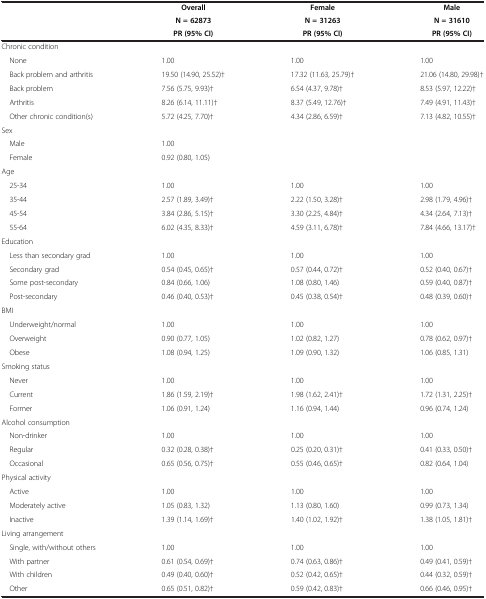
<table><thead><tr><td><b> </b></td><td><b>Overall</b></td><td><b>Female</b></td><td><b>Male</b></td></tr><tr><td><b> </b></td><td><b>N = 62873</b></td><td><b>N = 31263</b></td><td><b>N = 31610</b></td></tr><tr><td><b> </b></td><td><b>PR (95% CI)</b></td><td><b>PR (95% CI)</b></td><td><b>PR (95% CI)</b></td></tr></thead><tbody><tr><td colspan="4">Chronic condition</td></tr><tr><td> None</td><td>1.00</td><td>1.00</td><td>1.00</td></tr><tr><td> Back problem and arthritis</td><td>19.50 (14.90, 25.52)†</td><td>17.32 (11.63, 25.79)†</td><td>21.06 (14.80, 29.98)†</td></tr><tr><td> Back problem</td><td>7.56 (5.75, 9.93)†</td><td>6.54 (4.37, 9.78)†</td><td>8.53 (5.97, 12.22)†</td></tr><tr><td> Arthritis</td><td>8.26 (6.14, 11.11)†</td><td>8.37 (5.49, 12.76)†</td><td>7.49 (4.91, 11.43)†</td></tr><tr><td> Other chronic condition(s)</td><td>5.72 (4.25, 7.70)†</td><td>4.34 (2.86, 6.59)†</td><td>7.13 (4.82, 10.55)†</td></tr><tr><td colspan="4">Sex</td></tr><tr><td> Male</td><td>1.00</td><td> </td><td> </td></tr><tr><td> Female</td><td>0.92 (0.80, 1.05)</td><td> </td><td> </td></tr><tr><td colspan="4">Age</td></tr><tr><td> 25-34</td><td>1.00</td><td>1.00</td><td>1.00</td></tr><tr><td> 35-44</td><td>2.57 (1.89, 3.49)†</td><td>2.22 (1.50, 3.28)†</td><td>2.98 (1.79, 4.96)†</td></tr><tr><td> 45-54</td><td>3.84 (2.86, 5.15)†</td><td>3.30 (2.25, 4.84)†</td><td>4.34 (2.64, 7.13)†</td></tr><tr><td> 55-64</td><td>6.02 (4.35, 8.33)†</td><td>4.59 (3.11, 6.78)†</td><td>7.84 (4.66, 13.17)†</td></tr><tr><td colspan="4">Education</td></tr><tr><td> Less than secondary grad</td><td>1.00</td><td>1.00</td><td>1.00</td></tr><tr><td> Secondary grad</td><td>0.54 (0.45, 0.65)†</td><td>0.57 (0.44, 0.72)†</td><td>0.52 (0.40, 0.67)†</td></tr><tr><td> Some post-secondary</td><td>0.84 (0.66, 1.06)</td><td>1.08 (0.80, 1.46)</td><td>0.59 (0.40, 0.87)†</td></tr><tr><td> Post-secondary</td><td>0.46 (0.40, 0.53)†</td><td>0.45 (0.38, 0.54)†</td><td>0.48 (0.39, 0.60)†</td></tr><tr><td colspan="4">BMI</td></tr><tr><td> Underweight/normal</td><td>1.00</td><td>1.00</td><td>1.00</td></tr><tr><td> Overweight</td><td>0.90 (0.77, 1.05)</td><td>1.02 (0.82, 1.27)</td><td>0.78 (0.62, 0.97)†</td></tr><tr><td> Obese</td><td>1.08 (0.94, 1.25)</td><td>1.09 (0.90, 1.32)</td><td>1.06 (0.85, 1.31)</td></tr><tr><td colspan="4">Smoking status</td></tr><tr><td> Never</td><td>1.00</td><td>1.00</td><td>1.00</td></tr><tr><td> Current</td><td>1.86 (1.59, 2.19)†</td><td>1.98 (1.62, 2.41)†</td><td>1.72 (1.31, 2.25)†</td></tr><tr><td> Former</td><td>1.06 (0.91, 1.24)</td><td>1.16 (0.94, 1.44)</td><td>0.96 (0.74, 1.24)</td></tr><tr><td colspan="4">Alcohol consumption</td></tr><tr><td> Non-drinker</td><td>1.00</td><td>1.00</td><td>1.00</td></tr><tr><td> Regular</td><td>0.32 (0.28, 0.38)†</td><td>0.25 (0.20, 0.31)†</td><td>0.41 (0.33, 0.50)†</td></tr><tr><td> Occasional</td><td>0.65 (0.56, 0.75)†</td><td>0.55 (0.46, 0.65)†</td><td>0.82 (0.64, 1.04)</td></tr><tr><td colspan="4">Physical activity</td></tr><tr><td> Active</td><td>1.00</td><td>1.00</td><td>1.00</td></tr><tr><td> Moderately active</td><td>1.05 (0.83, 1.32)</td><td>1.13 (0.80, 1.60)</td><td>0.99 (0.73, 1.34)</td></tr><tr><td> Inactive</td><td>1.39 (1.14, 1.69)†</td><td>1.40 (1.02, 1.92)†</td><td>1.38 (1.05, 1.81)†</td></tr><tr><td colspan="4">Living arrangement</td></tr><tr><td> Single, with/without others</td><td>1.00</td><td>1.00</td><td>1.00</td></tr><tr><td> With partner</td><td>0.61 (0.54, 0.69)†</td><td>0.74 (0.63, 0.86)†</td><td>0.49 (0.41, 0.59)†</td></tr><tr><td> With children</td><td>0.49 (0.40, 0.60)†</td><td>0.52 (0.42, 0.65)†</td><td>0.44 (0.32, 0.59)†</td></tr><tr><td> Other</td><td>0.65 (0.51, 0.82)†</td><td>0.59 (0.42, 0.83)†</td><td>0.66 (0.46, 0.95)†</td></tr></tbody></table>